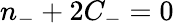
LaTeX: n_{-}+2C_{-}=0